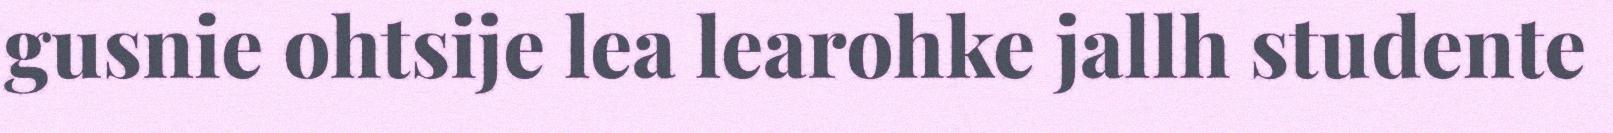
gusnie ohtsije lea learohke jallh studente